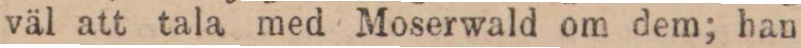
väl att tala med Moserwald om dem; han